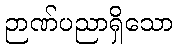
ဉာဏ်ပညာရှိသော